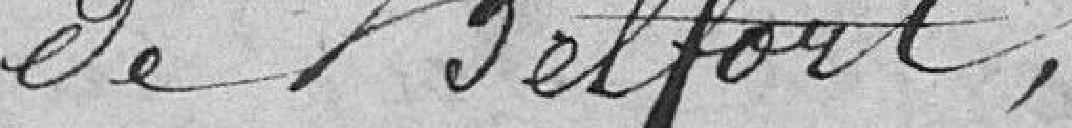
Délibère sur la proposition de M.le Maire,